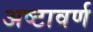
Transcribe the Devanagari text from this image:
अष्टावर्ण